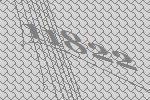
11822